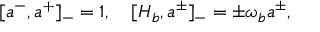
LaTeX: [ a ^ { - } , a ^ { + } ] _ { - } = 1 , \quad [ H _ { b } , a ^ { \pm } ] _ { - } = \pm \omega _ { b } a ^ { \pm } ,